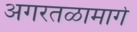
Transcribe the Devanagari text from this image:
अगरतळामार्गे